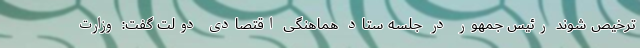
ترخیص شوند رئیس جمهور در جلسه ستاد هماهنگی اقتصادی دولت گفت: وزارت